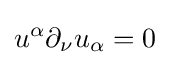
u^{\alpha }\partial _{\nu }u_{\alpha }=0